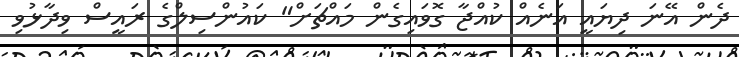
ދެން އޭނަ ދިޔައީ އަނެއް ކުއްޖާ ގޮވައިގެން މައްޗަށް" ކައުންސިލްގެ ރައީސް ވިދާޅުވި